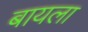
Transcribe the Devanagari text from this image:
बायला